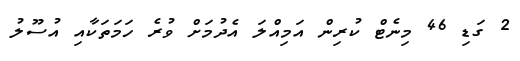
2 ގަޑި 46 މިނެޓް ކުރިން އަމިއްލަ އެދުމަށް ވުރެ ހަމަތަކާއި އުސޫލު